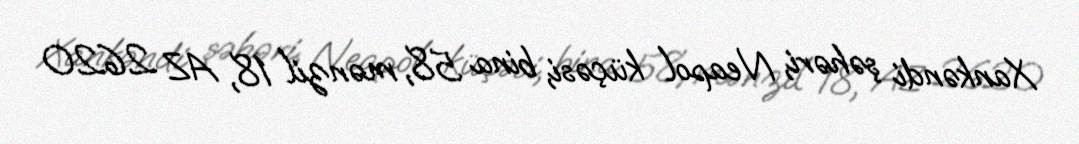
Xankəndi şəhəri, Neapol küçəsi, bina 58, mənzil 18, AZ 2620